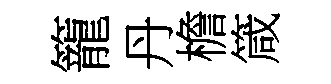
籠丹檐箴